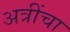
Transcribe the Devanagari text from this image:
अत्रींचा